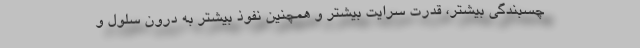
چسبندگی بیشتر، قدرت سرایت بیشتر و همچنین نفوذ بیشتر به درون سلول و